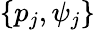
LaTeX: \{ p_{j},\psi_{j}\}